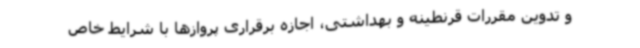
و تدوین مقررات قرنطینه و بهداشتی، اجازه برقراری پروازها با شرایط خاص